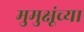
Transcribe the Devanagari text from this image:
मुमुक्षूंच्या